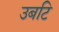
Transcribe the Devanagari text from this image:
उबटि